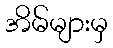
အိမ်များမှ